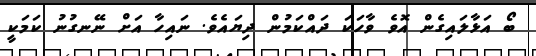
ބޯ އަޅާލައިގެން އޮވެ ވާހަކަ ދައްކަމުން ދިޔައެވެ. ނައިހާ އަށް ނޭނގުނު ކަމަކީ